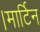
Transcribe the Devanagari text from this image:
।मार्टिन